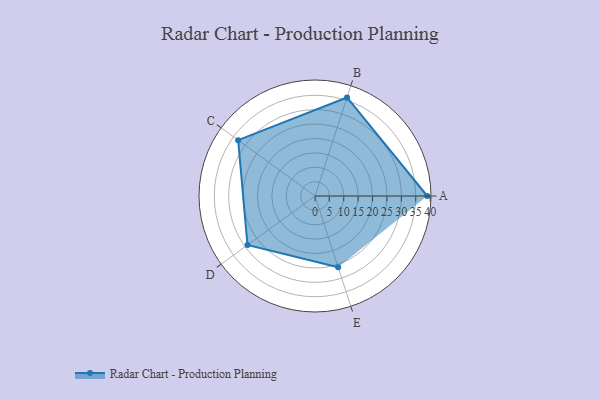
{"axis": {"x": "Skill", "y": "Score"}, "legend": ["Profile"], "data": [{"x": "A", "y": 39.0, "type": "Profile"}, {"x": "B", "y": 36.0, "type": "Profile"}, {"x": "C", "y": 33.0, "type": "Profile"}, {"x": "D", "y": 29.0, "type": "Profile"}, {"x": "E", "y": 26.0, "type": "Profile"}]}